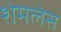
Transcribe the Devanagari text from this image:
शेमलेस